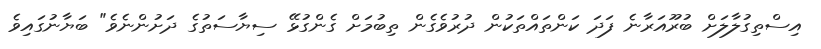
އިސްތިގުލާލަށް ބުރޫއަރާނެ ފަދަ ކަންތައްތަކުން ދުރުވެގެން ތިބުމަށް ގެންގުޅޭ ސިޔާސަތުގެ ދަށުންނެވެ" ބަޔާނުގައިވެ